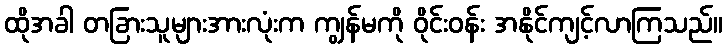
ထိုအခါ တခြားသူများအားလုံးက ကျွန်မကို ဝိုင်းဝန်း အနိုင်ကျင့်လာကြသည်။